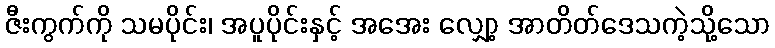
ဇီးကွက်ကို သမပိုင်း၊ အပူပိုင်းနှင့် အအေး လျှော့ အာတိတ်ဒေသကဲ့သို့သော